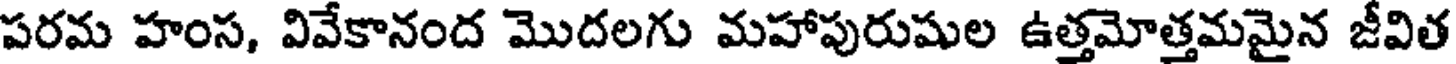
పరమ హంస, వివేకానంద మొదలగు మహాపురుషుల ఉత్తమోత్తమమైన జీవిత